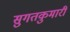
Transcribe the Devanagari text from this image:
सुगतकुमारी